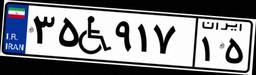
۱۴W۳۸۵۴۷